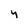
Character: y